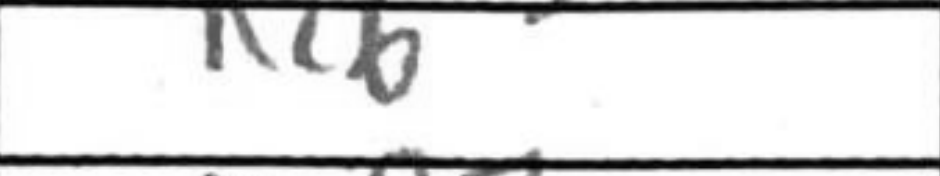
Transcription: Ne6